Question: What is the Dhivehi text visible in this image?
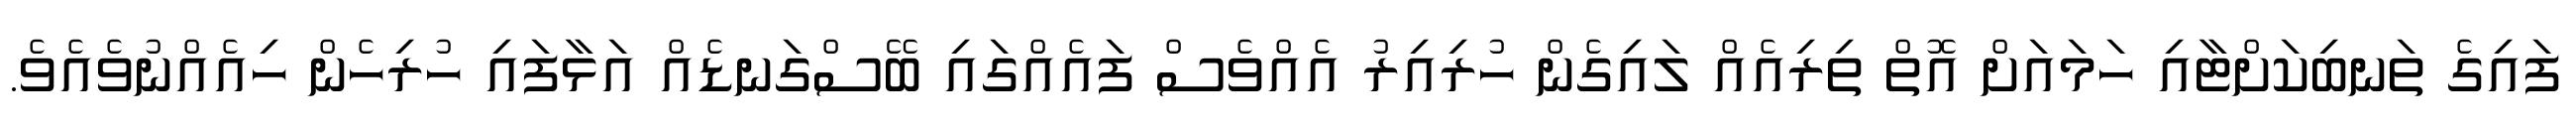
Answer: ފައިގެ ތަނބިކަށްޓާއި ހަމައަށް އޮތް ތިރިއެއް ލައިގެން ހުރިއިރު އެއްވެސް ފައެއްގައި ބޭސްގަނޑެއް އަޅާފައި ހުރިހެން ހިއެއްނުވެއެވެ.